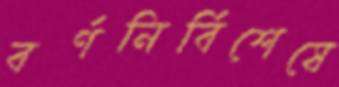
বর্ণনির্বিশেষে